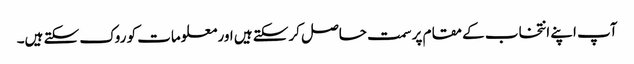
آپ اپنے انتخاب کے مقام پر سمت حاصل کرسکتے ہیں اور معلومات کو روک سکتے ہیں۔